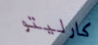
كارليتو